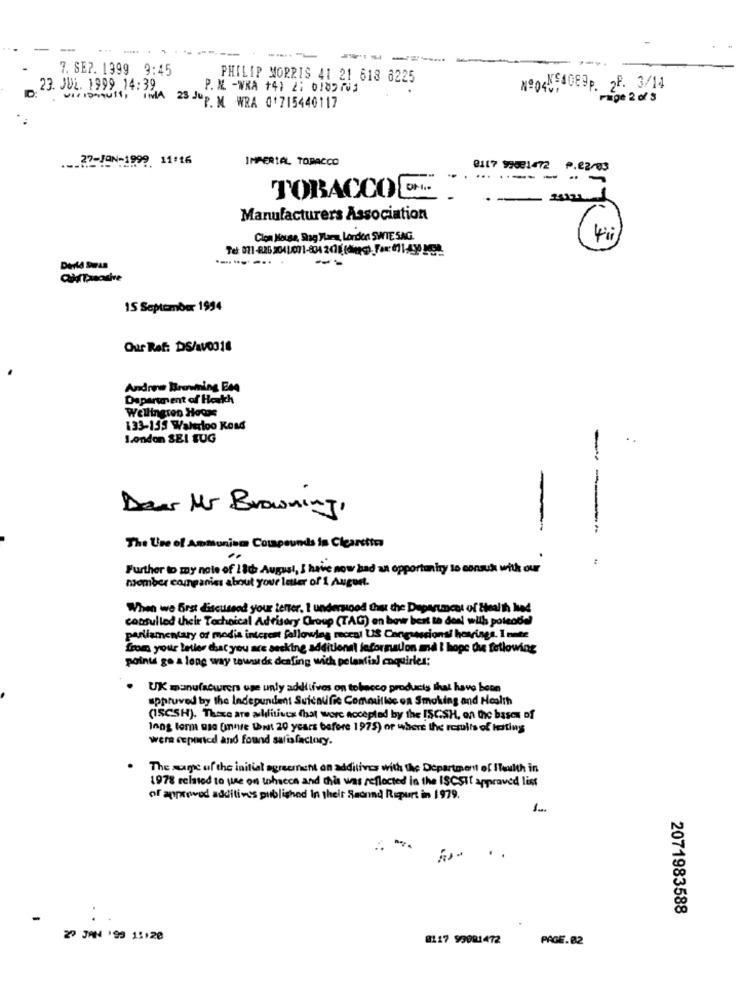
---
-----
7. SEP. 1999 9:45
PHILIP MORRIS 41 21 618 6225
23. JUL. 1999 14:39
P. M. - WKA +4) 2: 0189703
Nº4089P. 2F. 3/14
D:
Page 2 of 3
ViriDAGUST, INA 23 Jup M WRA 01715440117
.__ 27-JAN-1999 11:16
IMPERIAL TOBACCO
0117 97081472 ₱.22-03
....---- -
TOBACCO D -.
Manufacturers Association
Clon Mouse, Slag Mars, London SWTE SAG.
-----.. .
--
15 September 1994
Our Ref: DS/aV0318
Andrew Browning Ese
Department of Hoekch
Wellington Hocas
133-155 Waterloo Koss
London SEI SUG
-
-
Dour Mr Browning,
The Use of Ammonium Compounds is Ciearctic
..
Further to my note of 1 8de August, I have now had an opportunity to consuk with our
momber companies about your letter of 1 August.
When we first discussod your terter, 1 underwood that the Department of health hod
consulled their Technical Advisory Group (TAG) en bow best to deal with potentiel
parliamentary of media interest following recest USS Congressional hearings. I nate
from your letler that you are seeking additional information må i hope du following
poinu ge a long way towards dealing with potential enquirles:
UK manufacturers use unly additives on tobacco products that have been
approved by the Independent Suicnufic Comoulic on Smoking and Health
(ISCSH). There are achitives that were accepted by the ISCSH, on the bases of
long term uso finnse Wheat 20 years before 1975) or where the results of letting
wera ceporicd and found satisfactory.
The same uf the initial agreement on additives with the Department of ITeulth in
1978 related to use on whocce and this was reflected in the ISCSI approved list
of approved additives published in their Second Report in 1979.
.
2071983588
29 JAN 199 11:20
0117 99081472
PAGE.82